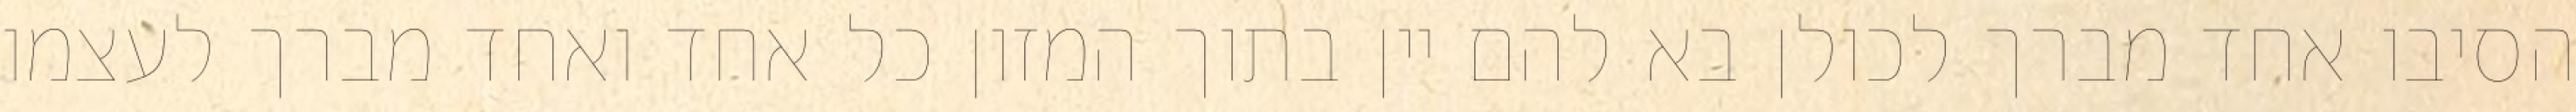
הסיבו אחד מברך לכולן בא להם יין בתוך המזון כל אחד ואחד מברך לעצמו